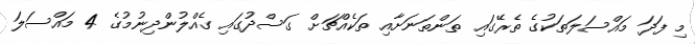
މި ފަދަ މައްސަލަތަކުގެ ތެރޭގައި ތަންތަނަށާއި ތަކެއްޗަށް ގަސްދުގައި ގެއްލުންދިނުމުގެ 4 މައްސަލަ